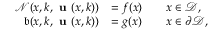
\begin{array} { r l r l } { \mathcal { N } ( \boldsymbol { x } , \boldsymbol { k } , \textbf { u } ( \boldsymbol { x } , \boldsymbol { k } ) ) } & { = f ( \boldsymbol { x } ) } & & { \boldsymbol { x } \in \mathcal { D } , } \\ { \mathfrak { b } ( \boldsymbol { x } , \boldsymbol { k } , \textbf { u } ( \boldsymbol { x } , \boldsymbol { k } ) ) } & { = g ( \boldsymbol { x } ) } & & { \boldsymbol { x } \in \partial \mathcal { D } , } \end{array}